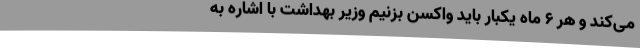
می‌کند و هر ۶ ماه یکبار باید واکسن بزنیم وزیر بهداشت با اشاره به